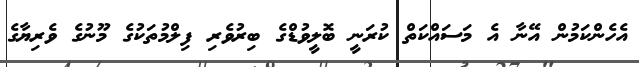
އެހެންކަމުން އޭނާ އެ މަސައްކަތް ކުރަނީ ބޮލީވުޑްގެ ބިރުވެރި ފިލްމުތަކުގެ މޫނުގެ ވެރިޔާގެ